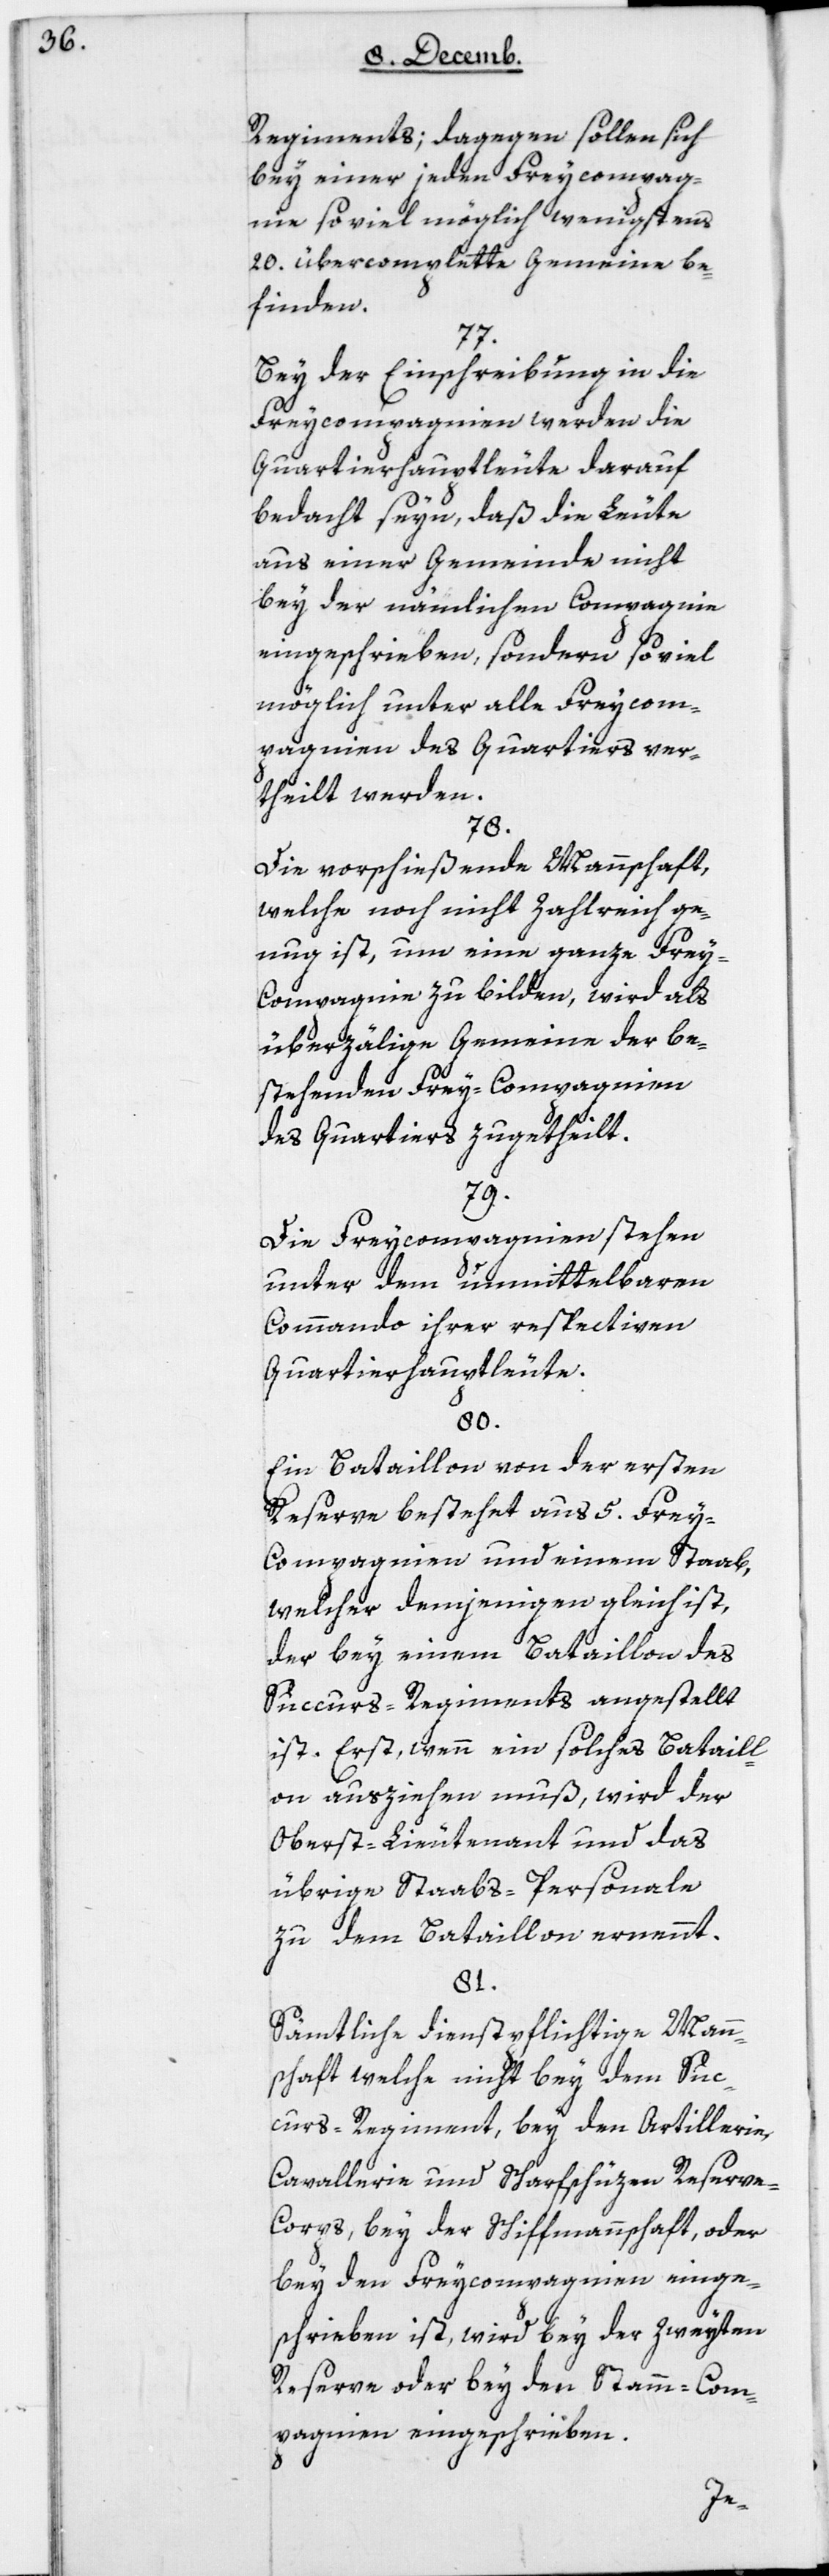
Regiments, dagegen sollen sich
bey einer jeden Freycompag¬
nie so viel möglich wenigstens
20 übercomplette Gemeine be¬
finden.
77.
Bey der Einschreibung in die
Freycompagnien werden die
Quartierhauptleute darauf
bedacht seyn, daß die Leute
aus einer Gemeinde nicht
bey der nämlichen Compagnie
eingeschrieben, sondern so viel
möglich unter alle Freycom¬
pagnien des Quartiers ver¬
theilt werden.
78.
Die vorschießende Mannschaft,
welche noch nicht zahlreich ge¬
nug ist, um eine ganze Fre¬
y-Compagnie zu bilden, wird als
überzälige Gemeine der be¬
stehenden Freycompagnien
des Quartiers zugetheilt.
79.
Die Freycompagnien stehen
unter dem unmittelbaren
Commando ihrer respectiven
Quartierhauptleute.
80.
Ein Bataillon von der ersten
Reserve bestehet aus 5 Frey¬
compagnien und einem Staab,
welcher demjenigen gleich ist,
der bey einem Bataillon des
Succurs-Regiments angestellt
ist. Erst, wenn ein solches Bataill¬
on ausziehen muß, wird der
Oberstlieutenant und das
übrige Staabs-Personale
zu dem Bataillon ernennt.
81.
Sämtliche dienstpflichtige Man¬
nschaft, welche nicht bey dem Suc¬
curs-Regiment, bey den Artillerie,
Cavallerie und Scharfschüzen Reserve¬
corps, bey der Schiffmannschaft oder
bey den Freycompagnien einge¬
schrieben ist, wird bey der zweyten
Reserve oder bey den Stamm-Com¬
pagnien eingeschrieben.